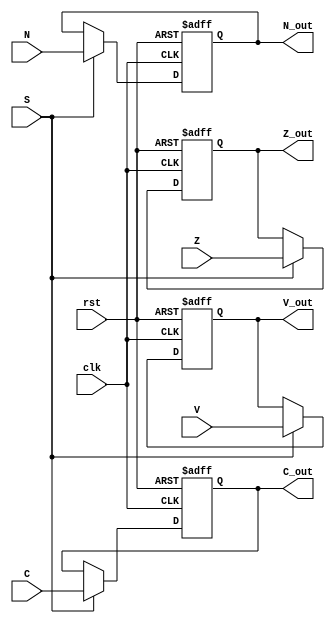
module Status_Register (
    input clk, rst,
    input S,
    input C, V, Z, N,
    output reg C_out, V_out, Z_out, N_out
);

	always@(negedge clk, posedge rst) begin
		if (rst) {C_out, V_out, Z_out, N_out} <= 4'b0;
		else if (S) {C_out, V_out, Z_out, N_out} <= {C, V, Z, N};
	end
	
endmodule